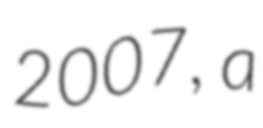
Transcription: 2007, a